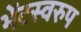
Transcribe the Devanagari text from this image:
भेंटस्‍वरुप